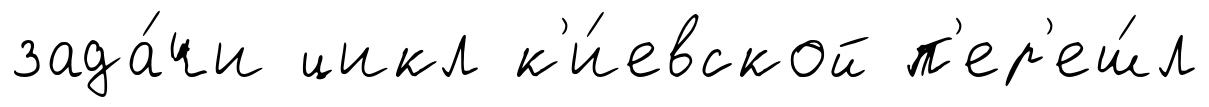
зада́чи цикл к'и́евской п'ер'еш́л